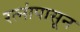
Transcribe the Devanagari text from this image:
रत्‍नांपासून